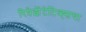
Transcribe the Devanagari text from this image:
रिप्रेझेंटेटिव्ह्सचा